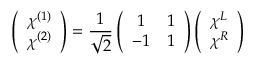
\left( \begin{array} { c } { { \chi ^ { ( 1 ) } } } \\ { { \chi ^ { ( 2 ) } } } \end{array} \right) = \frac { 1 } { \sqrt { 2 } } \left( \begin{array} { c c } { { 1 } } & { { 1 } } \\ { { - 1 } } & { { 1 } } \end{array} \right) \left( \begin{array} { c } { { \chi ^ { L } } } \\ { { \chi ^ { R } } } \end{array} \right)